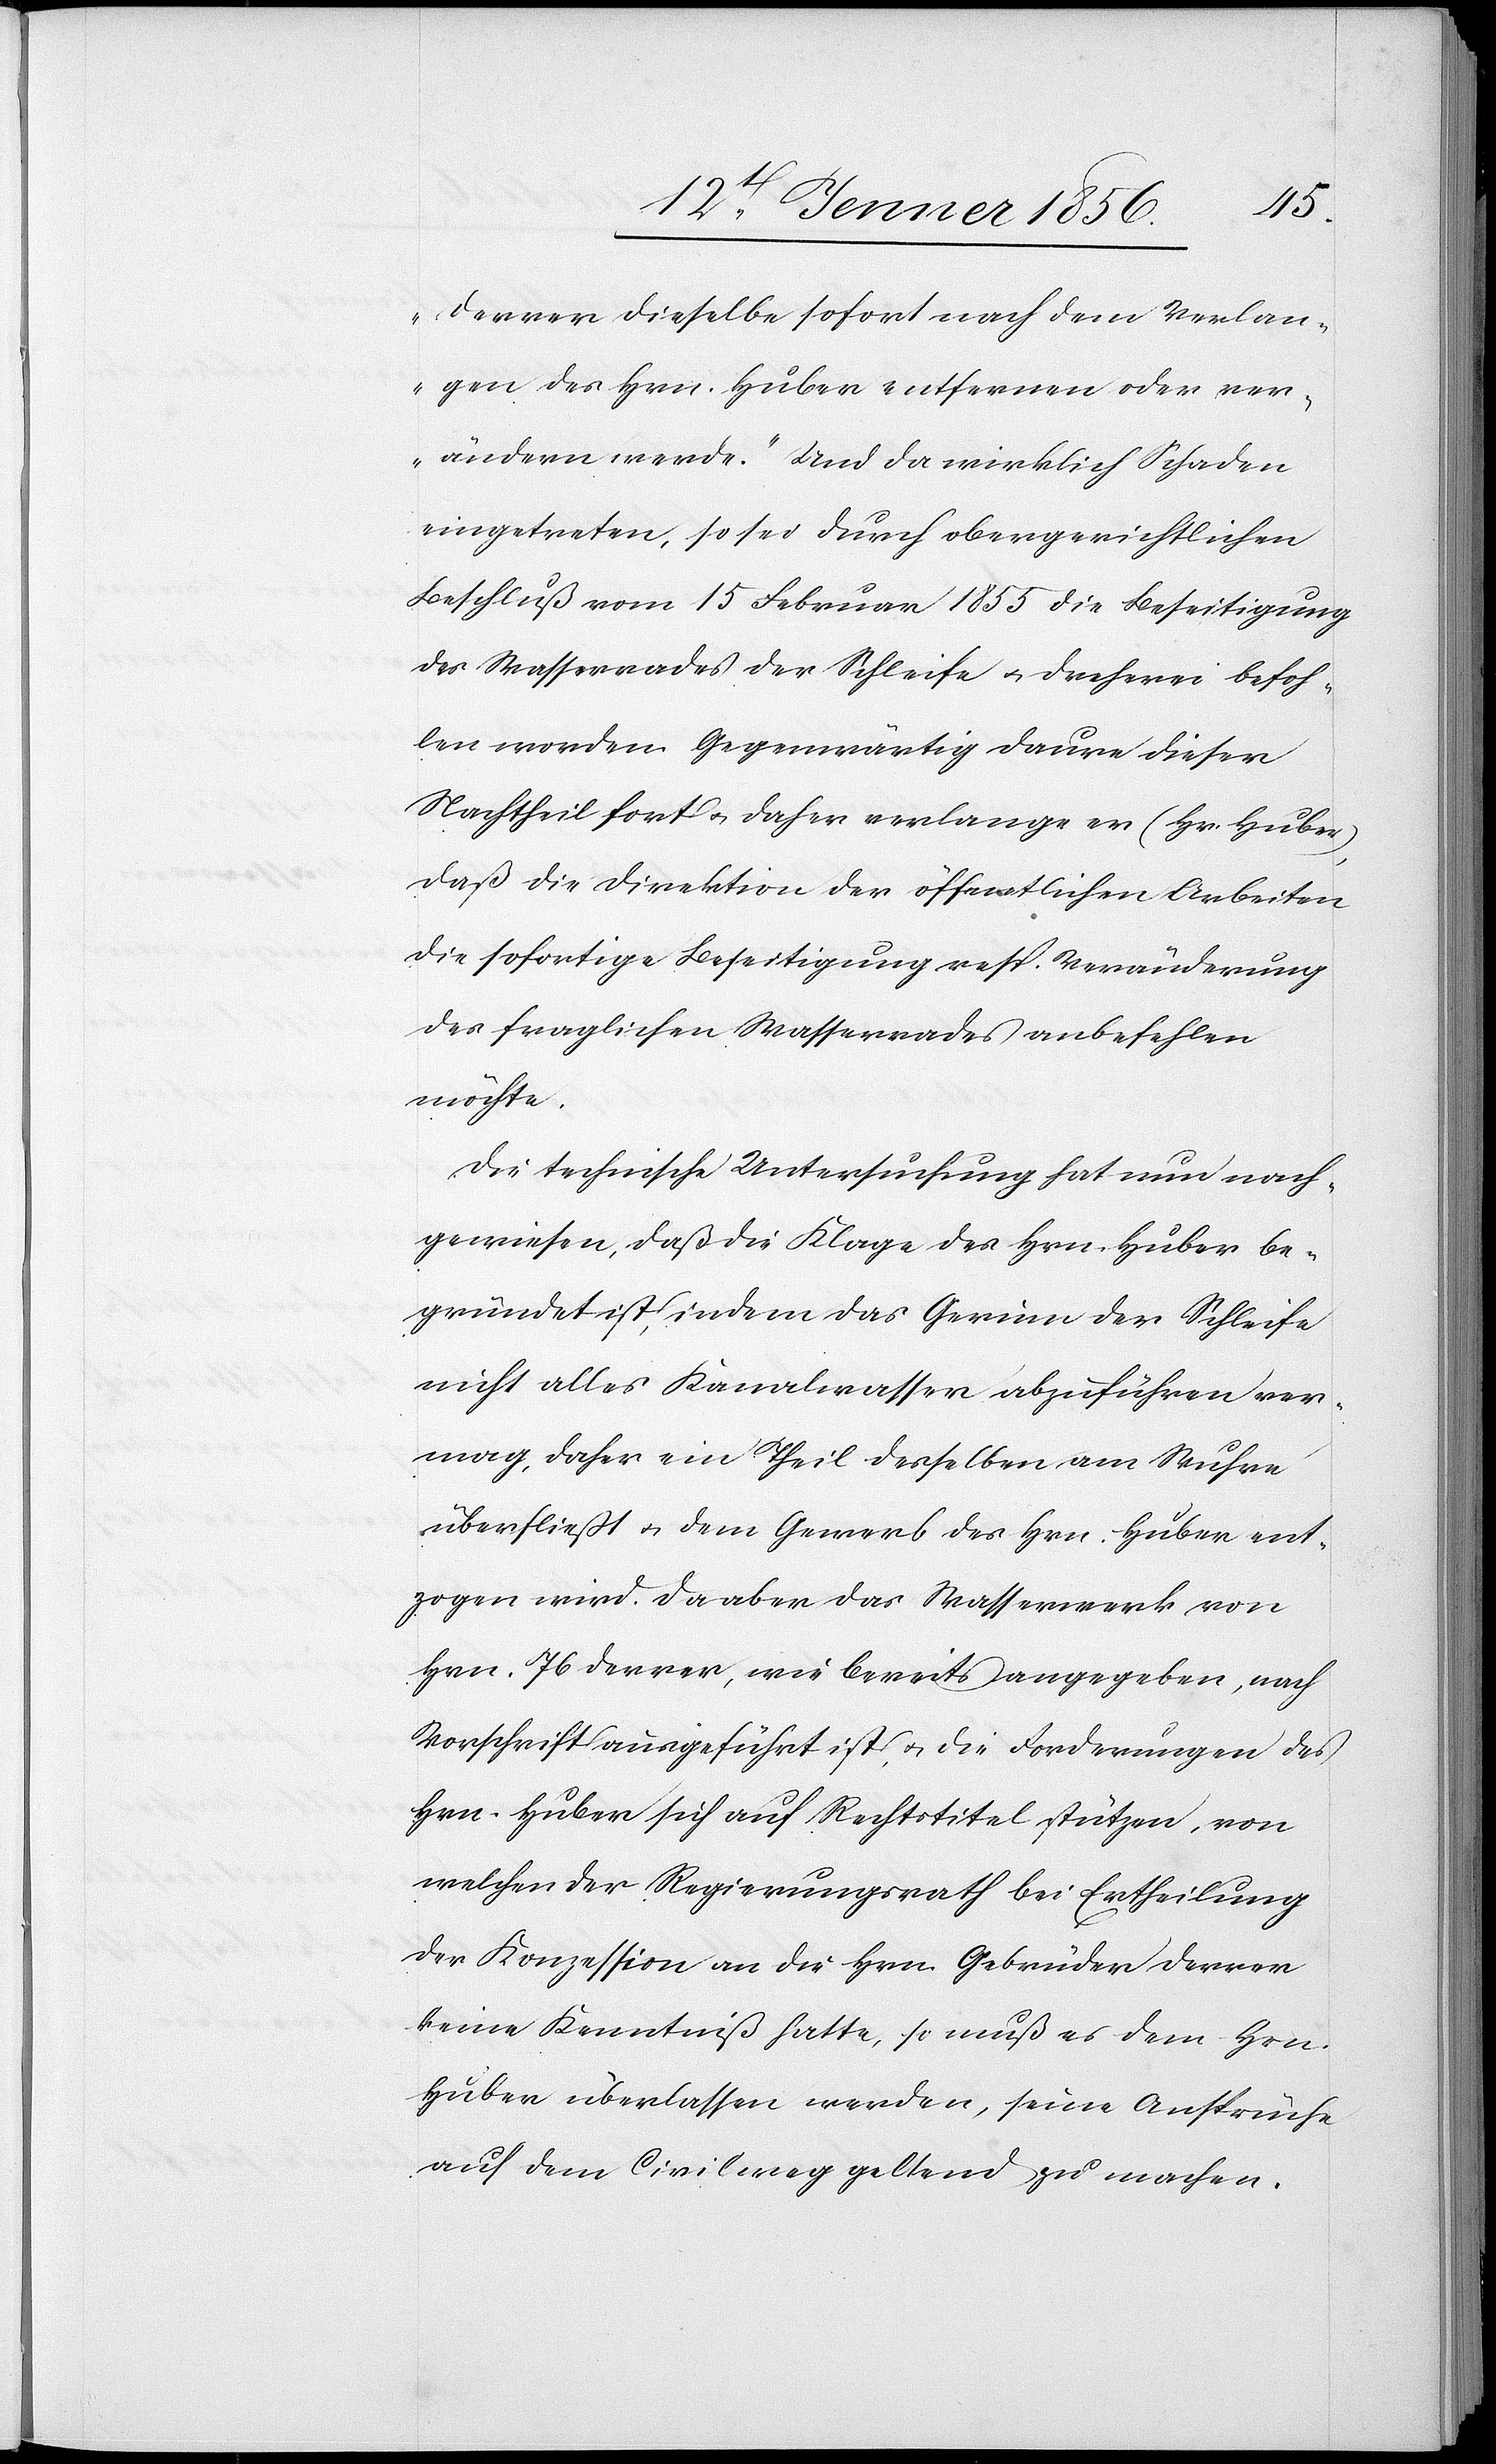
Derrer dieselbe sofort nach dem Verlan¬
gen des Hrn. Huber entfernen oder ver¬
ändern werde.“ Und da wirklich Schaden
eingetreten, so sei durch obergerichtlichen
Beschluß vom 15 Februar 1855 die Beseitigung
des Wasserrades der Schleife u. Dreherei befoh¬
len worden. Gegenwärtig daure dieser
Nachtheil fort u. daher verlange er (Hr. Huber),
daß die Direktion der öffentlichen Arbeiten
die sofortige Beseitigung resp. Veränderung
des fraglichen Wasserrades anbefehlen
möchte.
Die technische Untersuchung hat nun nach¬
gewiesen, daß die Klage des Hrn. Huber be¬
gründet ist, indem das Gerinn der Schleife
nicht alles Kanalwasser abzuführen ver¬
mag, daher ein Theil desselben am Wuhre
überfließt u. dem Gewerb des Hrn. Huber ent¬
zogen wird. Da aber das Wasserwerk von
Hrn. Jb Derrer, wie bereits angegeben, nach
Vorschrift ausgeführt ist, u. die Forderungen des
Hrn. Huber sich auf Rechtstitel stützen, von
welchen der Regierungsrath bei Ertheilung
der Konzession an die Hrn. Gebrüder Derrer
keine Kenntniß hatte, so muß es dem Hrn.
Huber überlassen werden, seine Ansprüche
auf dem Civilweg geltend zu machen.